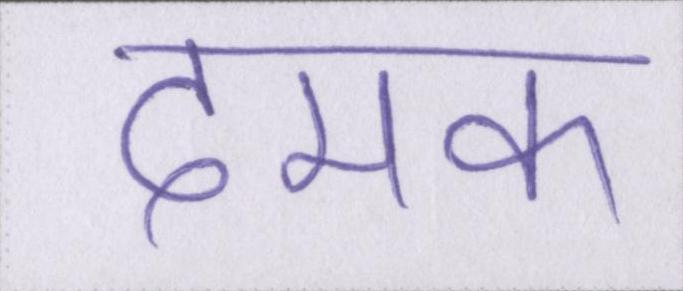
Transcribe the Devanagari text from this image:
दमक